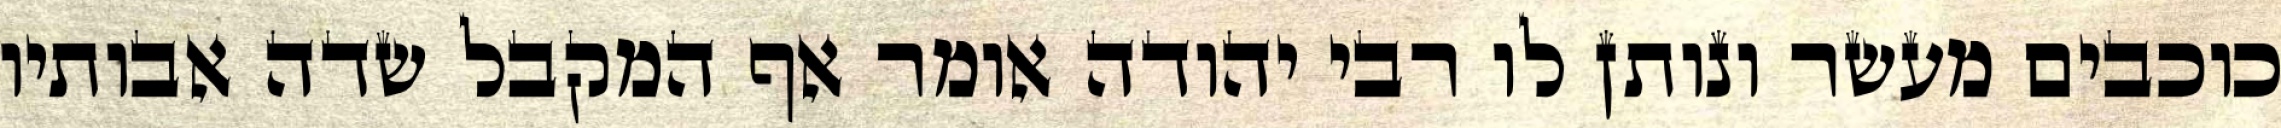
כוכבים מעשר ונותן לו רבי יהודה אומר אף המקבל שדה אבותיו